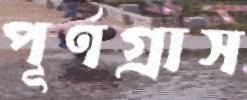
পূর্ণগ্রাস